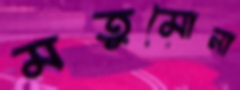
মতুমোনা